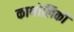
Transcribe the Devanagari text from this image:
काथोलिकों